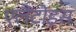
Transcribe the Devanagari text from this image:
एलैंटोइस